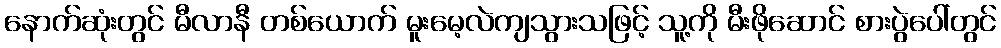
နောက်ဆုံးတွင် မီလာနီ တစ်ယောက် မူးမေ့လဲကျသွားသဖြင့် သူ့ကို မီးဖိုဆောင် စားပွဲပေါ်တွင်